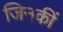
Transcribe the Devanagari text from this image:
जिनकीं